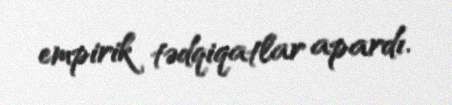
empirik tədqiqatlar apardı.